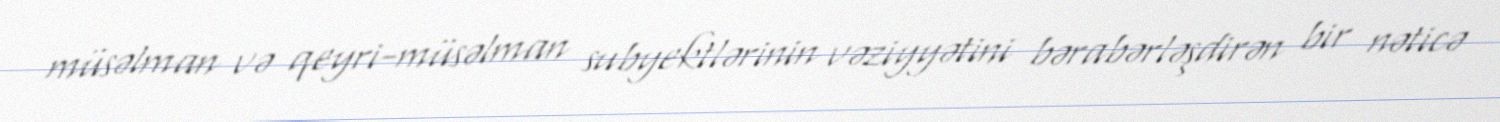
müsəlman və qeyri-müsəlman subyektlərinin vəziyyətini bərabərləşdirən bir nəticə